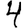
Digit: 4